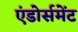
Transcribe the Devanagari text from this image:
एंडोर्समेंट